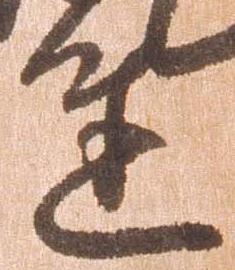
達